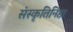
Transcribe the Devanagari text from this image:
संस्कृतिनिष्ठा